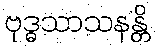
ဗုဒ္ဓသာသနန္တိ